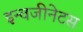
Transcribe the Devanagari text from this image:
इन्वजीनेटस